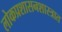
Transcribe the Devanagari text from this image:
लोकप्रशासनशास्त्रात